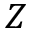
Z